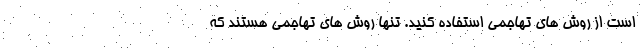
است از روش های تهاجمی استفاده کنید. تنها روش های تهاجمی هستند که